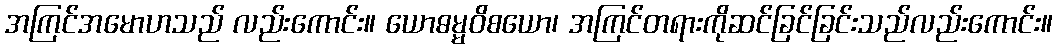
အကြင်အမောဟသည် လည်းကောင်း။ ယောဓမ္မဝိစယော၊ အကြင်တရားကိုဆင်ခြင်ခြင်းသည်လည်းကောင်း။